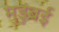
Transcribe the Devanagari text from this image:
मुडुंबई